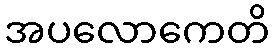
အပလောကေတိ